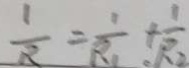
\frac { 1 } { R } = \frac { 1 } { R _ { 1 } } + \frac { 1 } { R _ { 2 } }